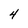
Character: 4